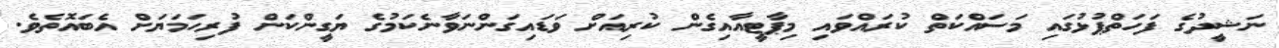
ނަޝީދުގެ ފަހަތްޕުޅުގައި މަސައްކަތް ކުރައްވައި މިޕާޓީއާއިގެން ކުރިއަށް ވަޑައިގަންނަވާނެކަމުގެ ޔަގީންކަން ފުރިހަމަޔަށް އެބައޮތެވެ.